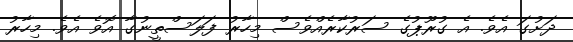
ދަށުގަ އެވެ. އެ ގުރޫޕުގެ ސަރުކާރެއްވެސް މިހާރު ފަލަސްތީނުގާ އޮވެ އެވެ. މިހާރު